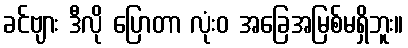
ခင်ဗျား ဒီလို ပြောတာ လုံးဝ အခြေအမြစ်မရှိဘူး။